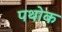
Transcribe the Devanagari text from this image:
पथोक